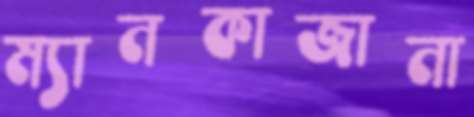
ম্যানকাজানা